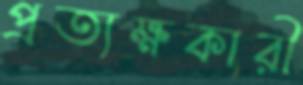
প্রত্যক্ষকারী